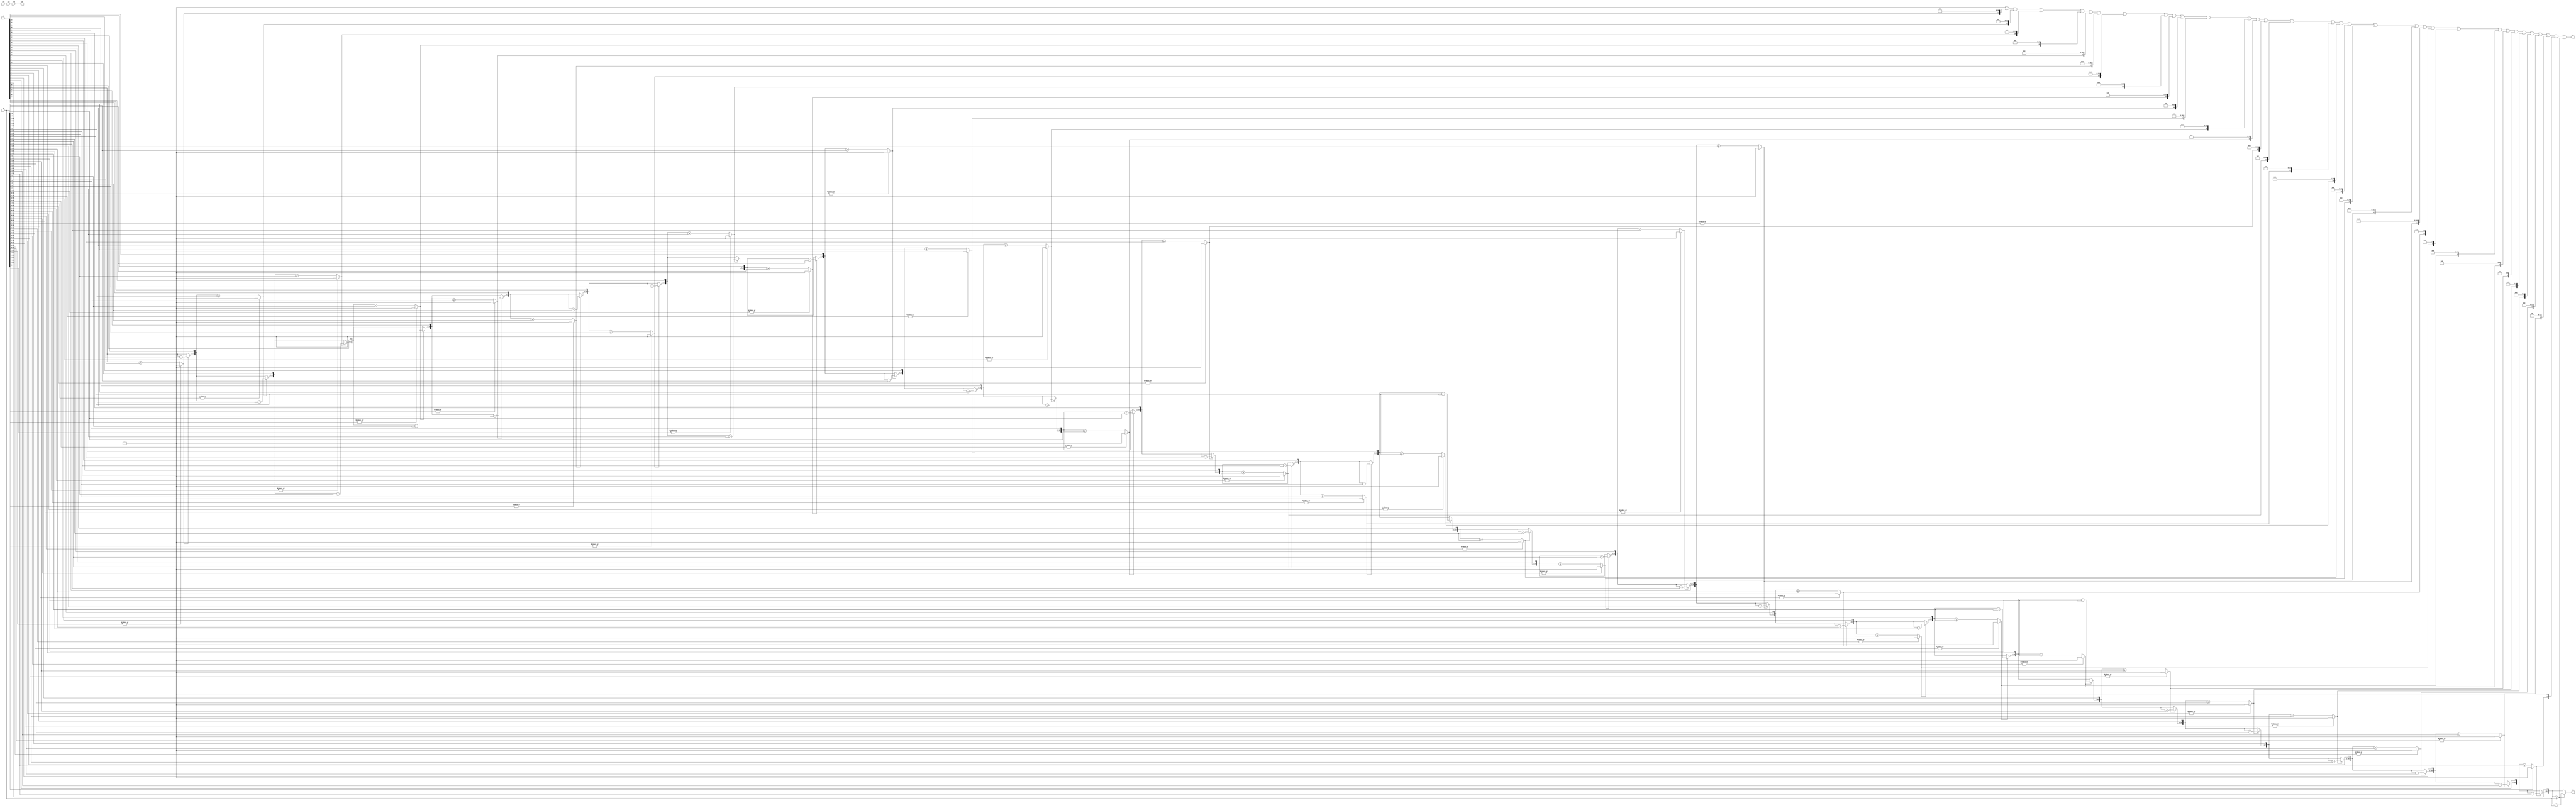
/////////////////////////////////////////////////////////////////////////////////////
//
//Copyright 2019  Li Xinbing
//
//Licensed under the Apache License, Version 2.0 (the "License");
//you may not use this file except in compliance with the License.
//You may obtain a copy of the License at
//
//    http://www.apache.org/licenses/LICENSE-2.0
//
//Unless required by applicable law or agreed to in writing, software
//distributed under the License is distributed on an "AS IS" BASIS,
//WITHOUT WARRANTIES OR CONDITIONS OF ANY KIND, either express or implied.
//See the License for the specific language governing permissions and
//limitations under the License.
//
/////////////////////////////////////////////////////////////////////////////////////

`define N(n)                       [(n)-1:0]
`define FFx(signal,bits)           always @ ( posedge clk or posedge  rst ) if (   rst   )  signal <= bits;  else

module divfunc
#(
    parameter                      XLEN          = 32,
    parameter `N(XLEN)             STAGE_LIST    = 0
)
(

    input              clk,
    input              rst,

    input  `N(XLEN)    a,
    input  `N(XLEN)    b,
    input              vld,


    output `N(XLEN)    quo,
    output `N(XLEN)    rem,
    output             ack

);

    reg               ready    `N(XLEN+1);
    reg `N(XLEN)      dividend `N(XLEN+1);  
    reg `N(XLEN)      divisor  `N(XLEN+1);
    reg `N(XLEN)      quotient `N(XLEN+1);     

    always@* begin
        ready[0]    = vld;    
        dividend[0] = a;
        divisor[0]  = b;
        quotient[0] = 0;
    end   

    generate
    	genvar i;
    	for (i=0;i<XLEN;i=i+1) begin:gen_div

            wire [i:0]      m = dividend[i]>>(XLEN-i-1);
             
            wire [i:0]      n = divisor[i];
     
    	    wire            q = (|(divisor[i]>>(i+1))) ? 1'b0 : ( m>=n );
     
    	    wire [i:0]      t = q ? (m - n) : m;

			wire [XLEN-1:0] u = dividend[i]<<(i+1);
			    
    	    wire [XLEN+i:0] d = {t,u}>>(i+1);

            if (STAGE_LIST[XLEN-i-1]) begin:gen_ff
                `FFx(ready[i+1],0)
                ready[i+1] <= ready[i];

                `FFx(dividend[i+1],0)
                dividend[i+1] <= d;

                `FFx(divisor[i+1],0)
                divisor[i+1] <= divisor[i];

                `FFx(quotient[i+1],0)
                quotient[i+1] <= quotient[i]|(q<<(XLEN-i-1));
               
            end else begin:gen_comb
                always @* begin
                	ready[i+1]    = ready[i];
                	dividend[i+1] = d;
                    divisor[i+1]  = divisor[i];
                	quotient[i+1] = quotient[i]|(q<<(XLEN-i-1));                	
                end
            end
        end
    endgenerate

    assign quo = quotient[XLEN];

    assign rem = dividend[XLEN];

    assign ack = ready[XLEN];

endmodule